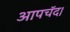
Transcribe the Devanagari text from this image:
आपचॅद।